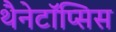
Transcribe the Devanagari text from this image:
थैनेटॉॅप्सिस